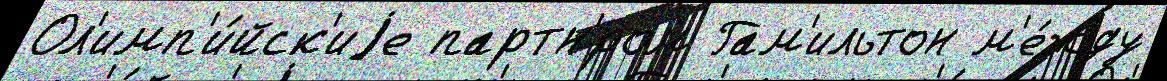
Ол'имп'и́йск'иjе партн'́ром Гам'ильтон м'е́жду